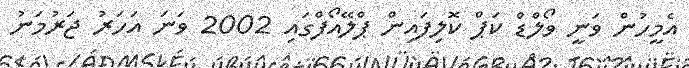
އެމީހުން ވަނީ ވޯލްޑް ކަޕް ކޮލިފައިން ޕްލޭއޯފްގައި 2002 ވަނަ އަހަރު ޖަރުމަނު